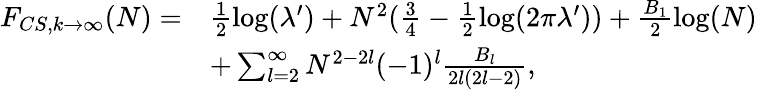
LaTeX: \begin{array}{rl}{F_{CS,k\rightarrow\infty}(N)=}&{\frac{1}{2}\log(\lambda^{\prime})+N^{2}(\frac{3}{4}-\frac{1}{2}\log(2\pi\lambda^{\prime}))+\frac{B_{1}}{2}\log(N)}\\ &{+\sum_{l=2}^{\infty}N^{2-2l}(-1)^{l}\frac{B_{l}}{2l(2l-2)},}\end{array}